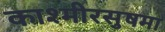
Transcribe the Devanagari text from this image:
काश्मीरसुषमा